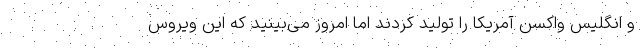
و انگلیس واکسن آمریکا را تولید کردند اما امروز می‌بینید که این ویروس